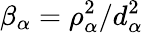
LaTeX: \beta_{\alpha}=\rho_{\alpha}^{2}/d_{\alpha}^{2}